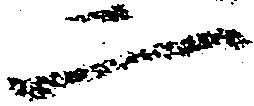
二